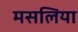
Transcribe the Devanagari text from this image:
मसलिया